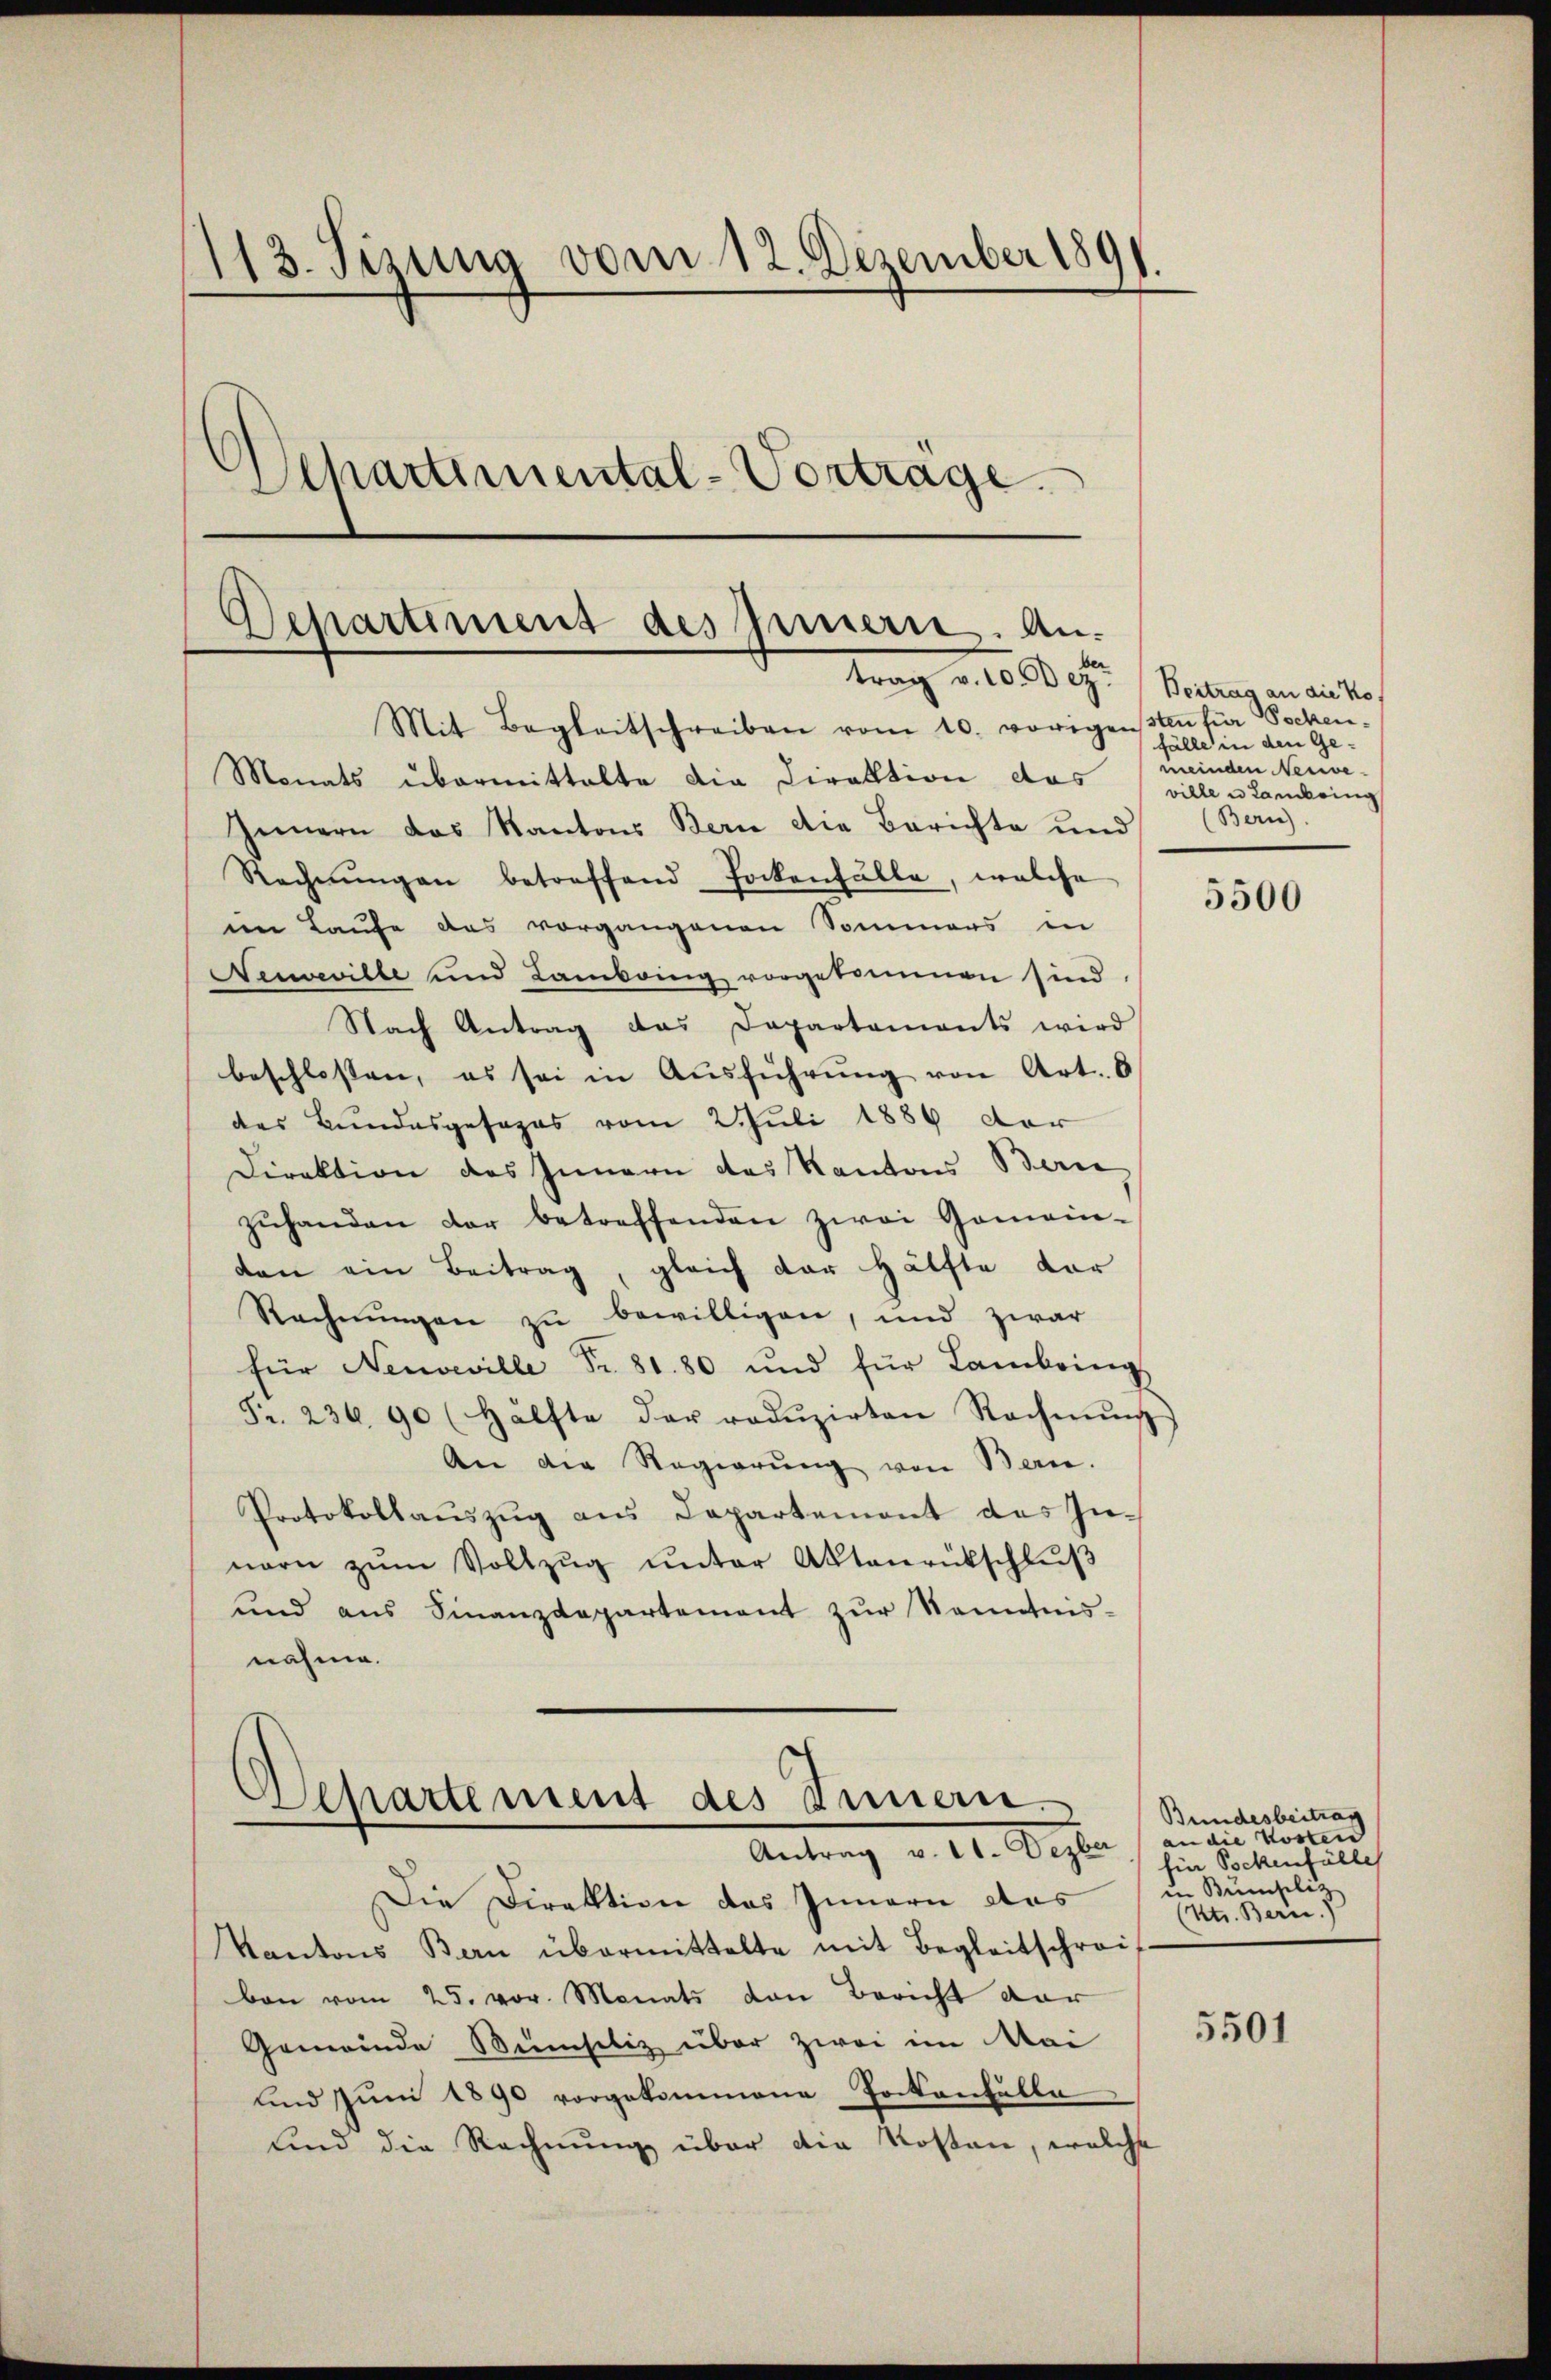
113. Jizung vom 12. Dezember 1891.
Separtimental-Vortrage

Mit Begleitschreiben vom 10. vorigensten für Socken,
Monats übermittalte die Direktion das ville u Landering
Innern das Kantons Bern die Berichte und (Bern
Rechnŭngen betreffend Pockenfälle, welche
im Laufe des vorgangenen Sommers in
Neuveville und Lambring vorgekommen sind.
Nach Antrag das Departaments wird
beschlossen, es sei in Aŭsführŭng von Art. 6
des Bundesgesages vom 2. Juli 1889 der
Direktion des Innern des Kantons Baie
zŭhanden der betreffenden zwei Gemein-
dan ein Beitrag, gleich der Hälfte vor
Rechnungen zu bewilligen, und zwar
für Neuveville Nr. 81. 80 und für Lambring
Fr. 236. 90 (Hälfte der redŭzirten Rechnŭng
An die Regierung von Bern.
Protokollauszug aus Departemont des Innern zŭm Vollzŭg ŭnter Aktenrütschlŭβ
und aus Finanzdepartement zŭr Kenntnis-
nahme.

Departement des Innern. An-
ber
trag v. 1000 ez. (Vortrag an die Kos

Departement des Innern.
Antrag v. 21. Dezber (an die Kosten

fälle in den Gemeinden Neuve-

Die Direktion das Innern das
Kantons Bern übermittelte mit Begleitschrei-
ban vom 25. vor. Monats von Bericht dar
Gemeinde Sünsiliz über zwei im Mai
und Juni 1890 vorgekommene Tockenfälle
und die Rechnung über die Kosten, welche

5500

Bundesbeitrag
für Bockenfülle
 Bŭmselig
Kt. Bern.)

5501